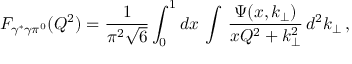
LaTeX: F _ { \gamma ^ { * } \gamma \pi ^ { 0 } } ( Q ^ { 2 } ) = \frac 1 { \pi ^ { 2 } \sqrt { 6 } } \int _ { 0 } ^ { 1 } d x \, \int \, \frac { \Psi ( x , k _ { \perp } ) } { x Q ^ { 2 } + k _ { \perp } ^ { 2 } } \, d ^ { 2 } k _ { \perp } \, ,